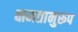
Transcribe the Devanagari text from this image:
क्षमतानुरूप